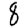
Digit: 8